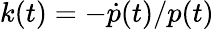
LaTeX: k(t)=-\dot{p}(t)/p(t)